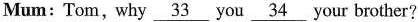
Mum: Tom,why \underline{33} you \underline{34} your brother?